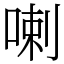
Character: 喇